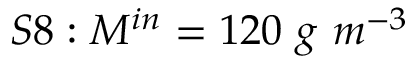
S 8 : M ^ { i n } = 1 2 0 \ g \ m ^ { - 3 }